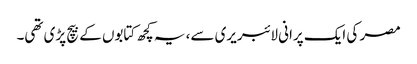
مصر کی ایک پرانی لائبریری سے، یہ کچھ کتابوں کے بیچ پڑی تھی۔